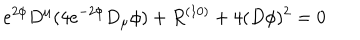
LaTeX: e ^ { 2 \phi } D ^ { \mu } ( 4 e ^ { - 2 \phi } D _ { \mu } \phi ) + R ^ { ( 1 0 ) } + 4 ( D \phi ) ^ { 2 } = 0